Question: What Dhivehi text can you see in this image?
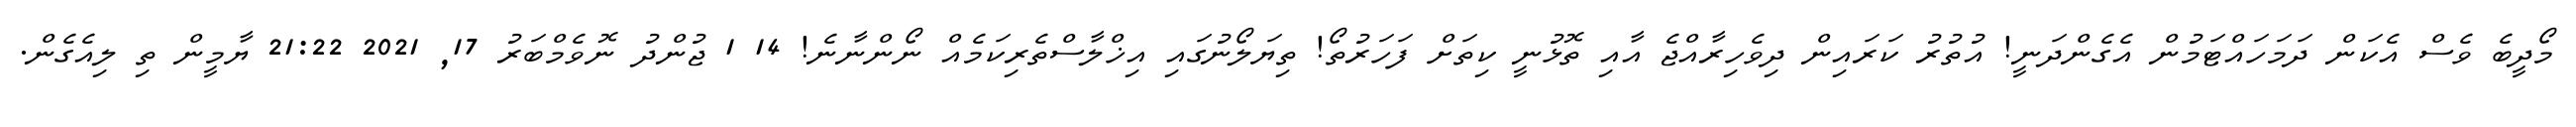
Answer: މޯދީބެ ވެސް އެކަން ދަމަހައްޓަމުން އެގެންދަނީ! އުތުރު ކަރައިން ދިވެހިރާއްޖެ އާއި ތޮޅުނީ ކިތަށް ފަހަރުތޯ! ތިޔަލޯނުގައި އިޚްލާސްތެރިކަމެއް ނޯންނާނެ! 14 1 ޖުންދު ނޮވެމްބަރު 17, 2021 21:22 ޔާމީން ތި ލިއެގެން.